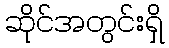
ဆိုင်အတွင်းရှိ